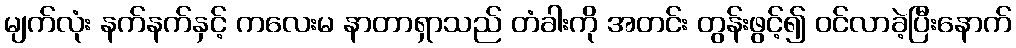
မျက်လုံး နက်နက်နှင့် ကလေးမ နာတာရှာသည် တံခါးကို အတင်း တွန်းဖွင့်၍ ဝင်လာခဲ့ပြီးနောက်